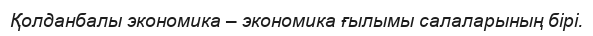
Қолданбалы экономика – экономика ғылымы салаларының бірі.